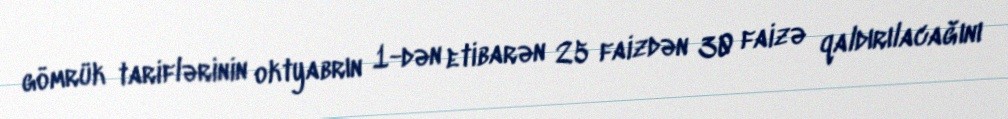
gömrük tariflərinin oktyabrın 1-dən etibarən 25 faizdən 30 faizə qaldırılacağını